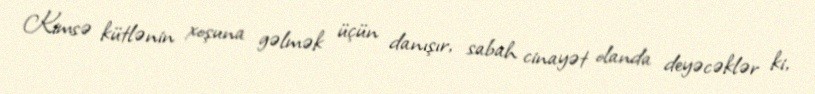
Kimsə kütlənin xoşuna gəlmək üçün danışır, sabah cinayət olanda deyəcəklər ki,